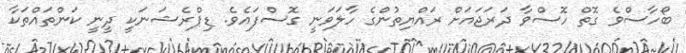
ބޯހާސްވެ ގޮތް ހޮސްވާ ދަރަޖައަށް ރައްޔިތުންގެ ހާލަވަނީ ގޮސްފައެވެ. ޑިޕްރެޝަނަކީ ދީނީ ކަންތައްތަކާ